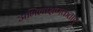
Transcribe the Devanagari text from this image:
अभिलाक्षणकताएं